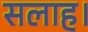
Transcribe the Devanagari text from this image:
सलाह।